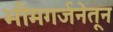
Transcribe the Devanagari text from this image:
भीमगर्जनेतून